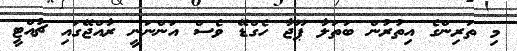
މި ތަރިންގެ އިތުރުން ބަތަލާ ޕޫޖާ ހެގްޑޭ ވެސް އަންނަނީ ރާއްޖޭގައި ޗުއްޓީ